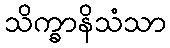
သိက္ခာနိသံသာ